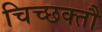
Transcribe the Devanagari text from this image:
चिच्छक्तौ